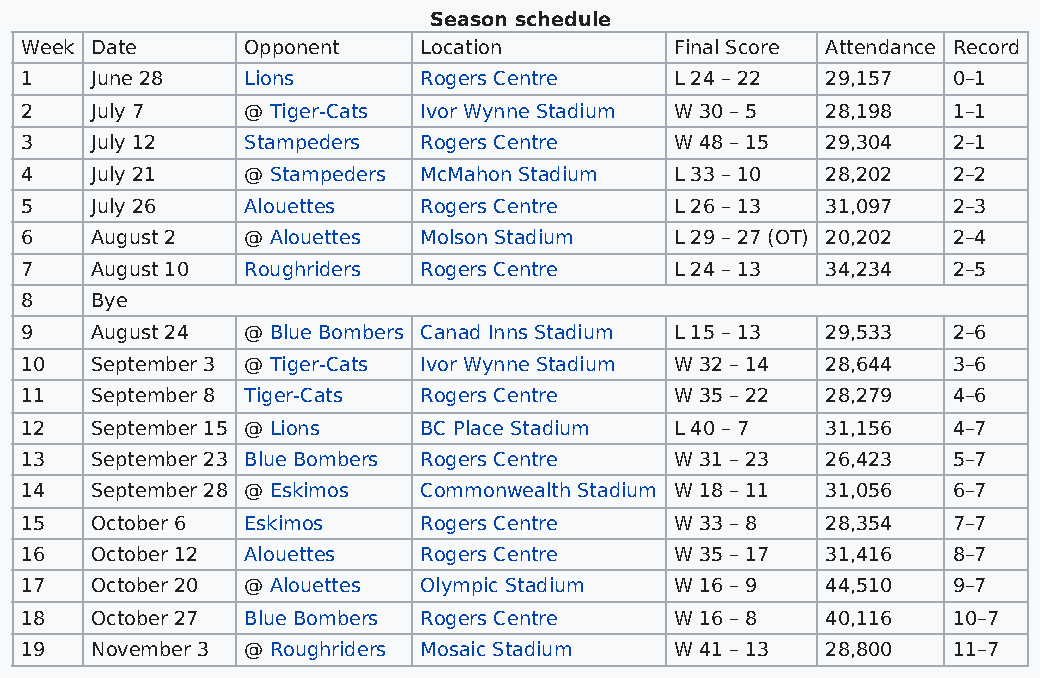
Season schedule
 Week Date      Opponent    Location         Final Score Attendance Record
 1    June 28   Lions       Rogers Centre    L 24 – 22 29,157  0–1
 2    July 7    @ Tiger-Cats Ivor Wynne Stadium W 30 – 5 28,198 1–1
 3    July 12   Stampeders  Rogers Centre    W 48 – 15 29,304  2–1
 4    July 21   @ Stampeders McMahon Stadium L 33 – 10 28,202  2–2
 5    July 26   Alouettes   Rogers Centre    L 26 – 13 31,097  2–3
 6    August 2  @ Alouettes Molson Stadium   L 29 – 27 (OT) 20,202 2–4
 7    August 10 Roughriders Rogers Centre    L 24 – 13 34,234  2–5
 8    Bye
 9    August 24 @ Blue Bombers Canad Inns Stadium L 15 – 13 29,533 2–6
 10   September 3 @ Tiger-Cats Ivor Wynne Stadium W 32 – 14 28,644 3–6
 11   September 8 Tiger-Cats Rogers Centre   W 35 – 22 28,279  4–6
 12   September 15 @ Lions  BC Place Stadium L 40 – 7  31,156  4–7
 13   September 23 Blue Bombers Rogers Centre W 31 – 23 26,423 5–7
 14   September 28 @ Eskimos Commonwealth Stadium W 18 – 11 31,056 6–7
 15   October 6 Eskimos     Rogers Centre    W 33 – 8  28,354  7–7
 16   October 12 Alouettes  Rogers Centre    W 35 – 17 31,416  8–7
 17   October 20 @ Alouettes Olympic Stadium W 16 – 9  44,510  9–7
 18   October 27 Blue Bombers Rogers Centre  W 16 – 8  40,116  10–7
 19   November 3 @ Roughriders Mosaic Stadium W 41 – 13 28,800 11–7